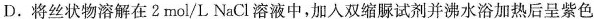
D.将丝状物溶解在2mol/L NaCl溶液中，加入双缩脲试剂并沸水浴加热后呈紫色